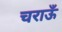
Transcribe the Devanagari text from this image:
चराऊँ